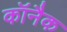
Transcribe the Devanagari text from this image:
कॉनैक